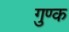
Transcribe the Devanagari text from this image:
गुण्क